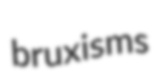
bruxisms